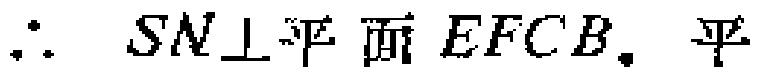
$\therefore SN\perp平面EFCB。平$